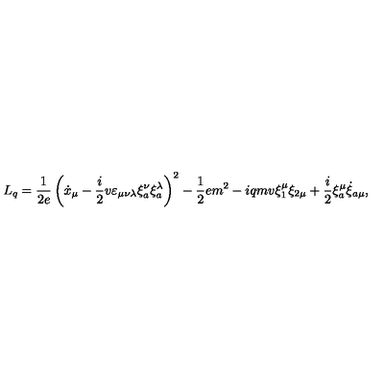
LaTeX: L _ { q } = \frac { 1 } { 2 e } \left( \dot { x } _ { \mu } - \frac { i } { 2 } v \varepsilon _ { \mu \nu \lambda } \xi _ { a } ^ { \nu } \xi _ { a } ^ { \lambda } \right) ^ { 2 } - \frac { 1 } { 2 } e m ^ { 2 } - i q m v \xi _ { 1 } ^ { \mu } \xi _ { 2 \mu } + \frac { i } { 2 } \xi _ { a } ^ { \mu } \dot { \xi } _ { a \mu } ,